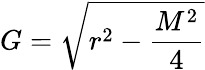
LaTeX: {}G={\sqrt{r^{2}-{\frac{M^{2}}{4}}}}